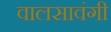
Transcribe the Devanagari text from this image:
वालसावंगी